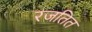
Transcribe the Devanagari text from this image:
रजतित